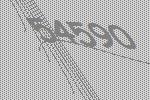
54590